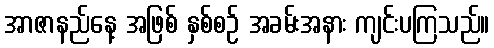
အာဇာနည်နေ့ အဖြစ် နှစ်စဉ် အခမ်းအနား ကျင်းပကြသည်။